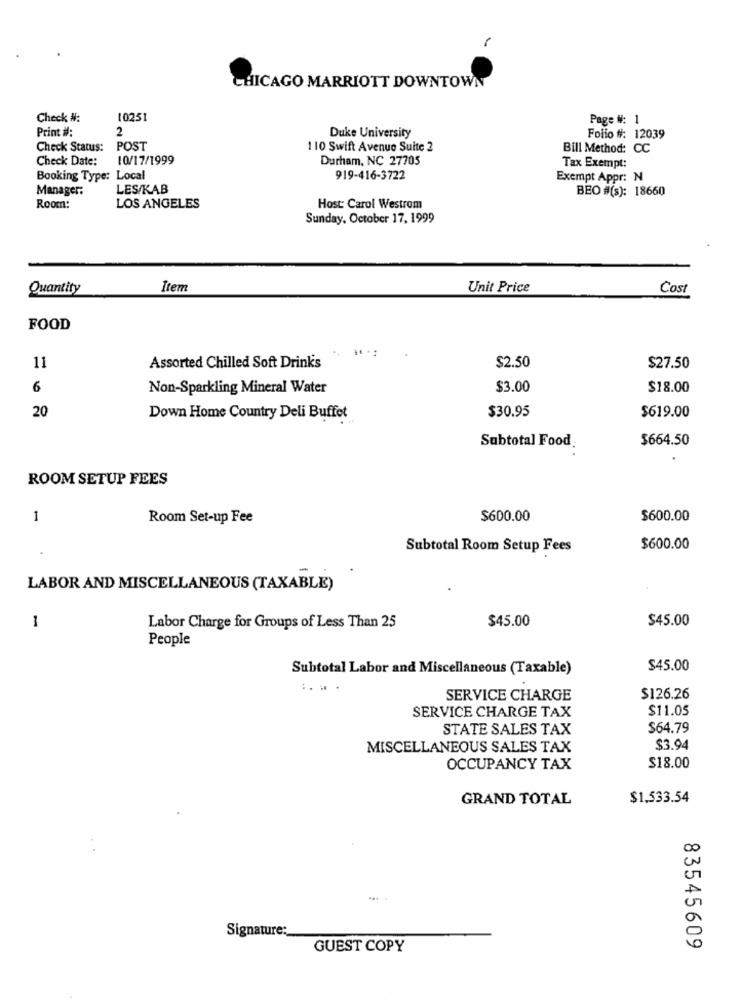
CHICAGO MARRIOTT DOWNTOWN
Check #:
10251
Page #: 1
2
Duke University
Print #:
Folio #: 12039
Check Status:
POST
110 Swift Avenue Suite 2
Bill Method: CC
Check Date:
10/17/1999
Durham, NC 27705
Tax Exempt:
Booking Type: Local
919-416-3722
Exempt Appr: N
Manager:
LES/KAB
BEO #(s): 18660
Room:
LOS ANGELES
Host: Carol Westrom
Sunday, October 17, 1999
Quantity
Item
Unit Price
Cost
FOOD
11
Assorted Chilled Soft Drinks
$2.50
$27.50
6
Non-Sparkling Mineral Water
$3.00
$18.00
20
$30.95
Down Home Country Deli Buffet
$619.00
Subtotal Food
$664.50
ROOM SETUP FEES
1
Room Set-up Fee
$600.00
$600.00
Subtotal Room Setup Fees
$600.00
LABOR AND MISCELLANEOUS (TAXABLE)
1
$45.00
$45.00
Labor Charge for Groups of Less Than 25
People
Subtotal Labor and Miscellaneous (Taxable)
$45.00
:. . .
SERVICE CHARGE
$126.26
SERVICE CHARGE TAX
$11.05
STATE SALES TAX
$64.79
MISCELLANEOUS SALES TAX
$3.94
OCCUPANCY TAX
$18.00
GRAND TOTAL
$1,533.54
Signature:
GUEST COPY
83545609